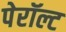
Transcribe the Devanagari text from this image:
पेरॉल्ट